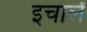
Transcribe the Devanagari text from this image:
इचार्लं